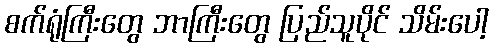
စက်ရုံကြီးတွေ ဘာကြီးတွေ ပြည်သူပိုင် သိမ်းပေါ့